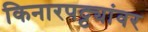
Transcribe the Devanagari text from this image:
किनारपट्ट्यांवर